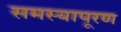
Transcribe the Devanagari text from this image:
समस्यापूरण